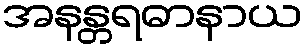
အနန္တရဓာနာယ